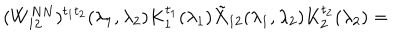
( W _ { 1 2 } ^ { N N } ) ^ { t _ { 1 } t _ { 2 } } ( \lambda _ { 1 } , \lambda _ { 2 } ) K _ { 1 } ^ { t _ { 1 } } ( \lambda _ { 1 } ) \tilde { X } _ { 1 2 } ( \lambda _ { 1 } , \lambda _ { 2 } ) K _ { 2 } ^ { t _ { 2 } } ( \lambda _ { 2 } ) =